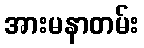
အားမနာတမ်း